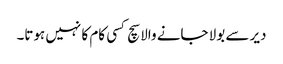
دیر سے بولا جانے والا سچ کسی کام کا نہیں ہوتا۔